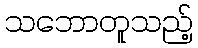
သဘောတူသည့်